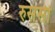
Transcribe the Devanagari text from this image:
रुससी